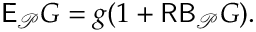
\mathsf E _ { \mathcal P } G = g ( 1 + \mathsf { R B } _ { \mathcal P } G ) .